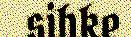
sihke